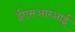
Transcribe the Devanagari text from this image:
ईएसआरआई